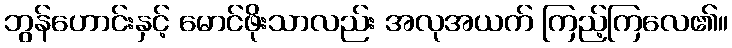
ဘွန်ဟောင်းနှင့် မောင်ဖိုးသာလည်း အလုအယက် ကြည့်ကြလေ၏။